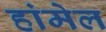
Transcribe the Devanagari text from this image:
हांमेल